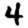
Digit: 4